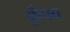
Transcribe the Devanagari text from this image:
कुँपव